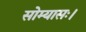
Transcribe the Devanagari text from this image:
सोम्यासः।